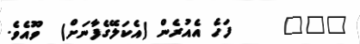
١٤٨     ފަހެ އެއުރެން (އެކަލޭގެފާނަށް)  ވޫއެވެ.